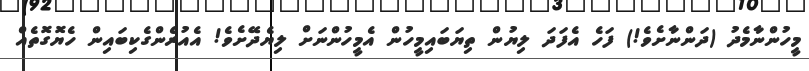
މީހުންނާމެދު (ދަންނާށެވެ!) ފަހެ އެފަދަ ލިޔުން ތިޔަބައިމީހުން އެމީހުންނަށް ލިޔެދޭށެވެ! އެއުރެންގެކިބައިން ހެޔޮގޮތެއް